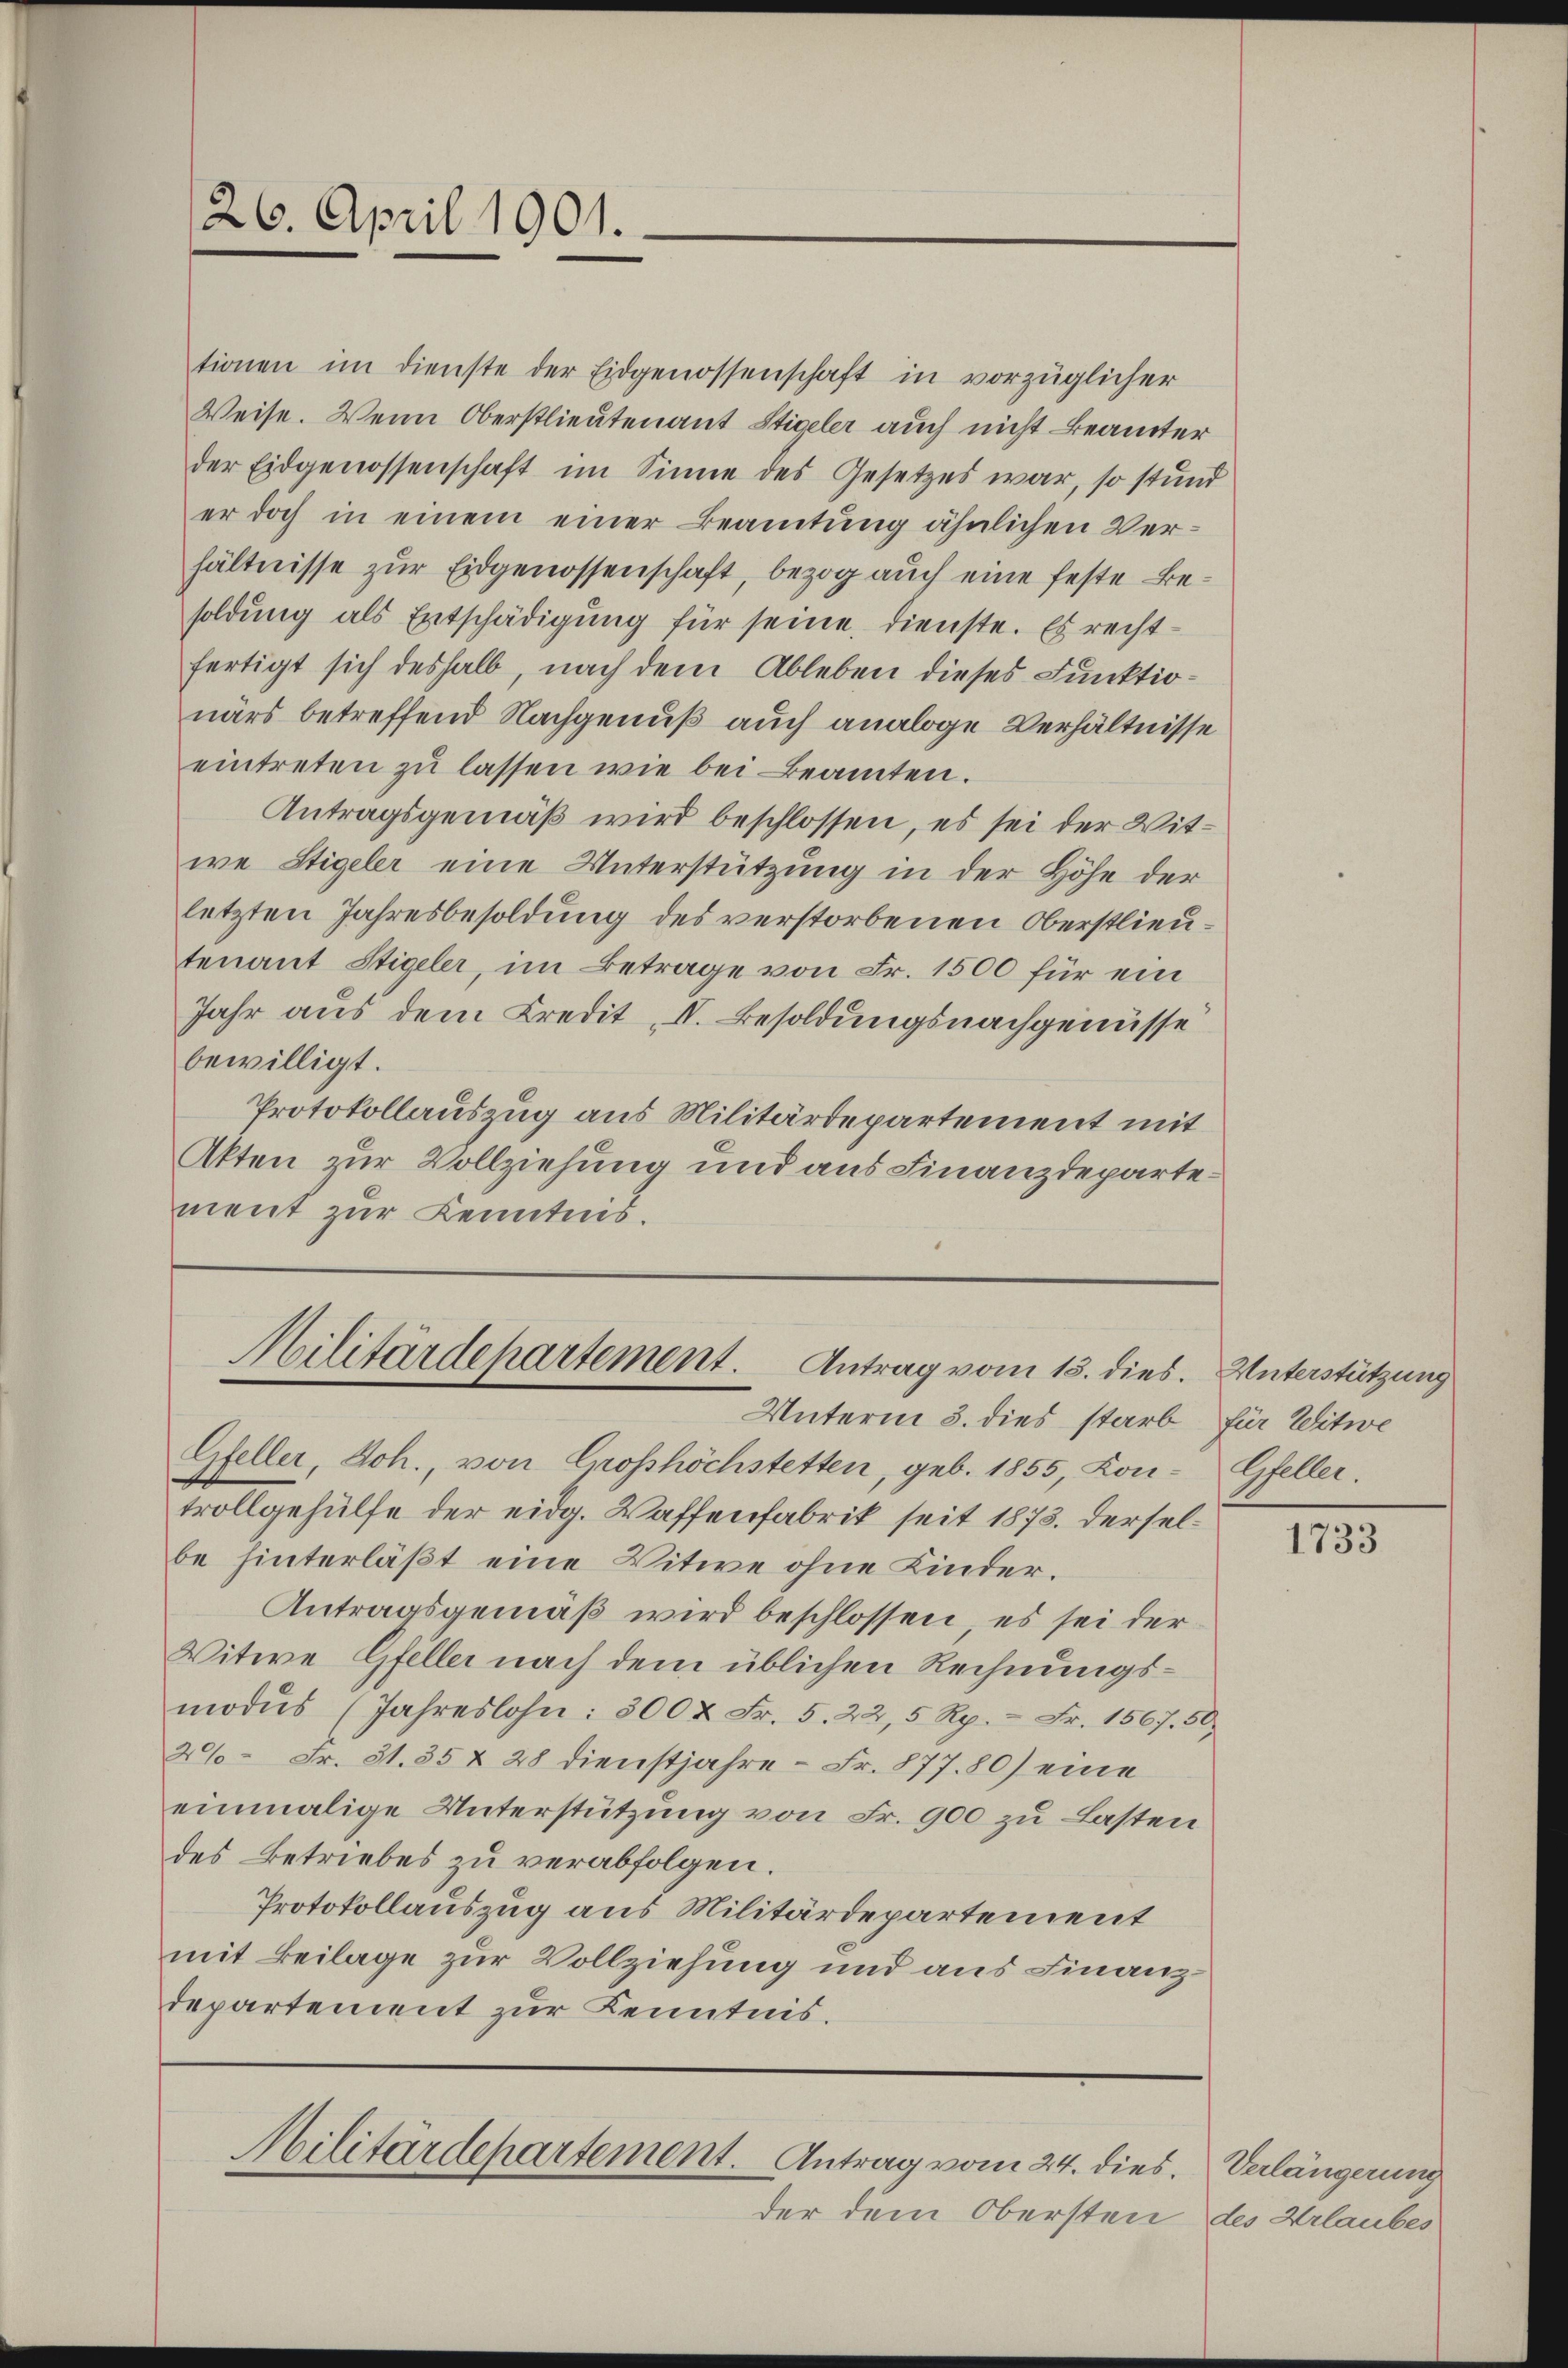
tionen im Dienste der Eidgenossenschaft in vorzüglicher
Weise. Wenn Oberstlieutenant Stigeler auch nicht Beamter
der Eidgenossenschaft im Sinne des Gesetzes war, so stund
er doch in einem einer Beamtung ähnlichen Verhältnisse zur Eidgenossenschaft, bezog auch eine feste Besoldung als Entschädigung für seine, dienste. Es rechtfertigt sich deshalb, nach dem Ableben dieses Funktionärs betreffend Nachgenuß auch analoge Verhältnisse
eintreten zŭ lassen wie bei Beamten.
Antragsgemäß wird beschlossen, es sei der Witwe Stigeler eine Unterstützung in der Höhe der
letzten Jahresbesoldung des verstorbenen Oberstlieutenant Stigeler, im Betrage von Fr. 1500 für ein
Jahr aus dem Kredit, N. Besoldungsnachgenüsse
bewilligt.
Protokollauszug aus Militärdepartement mit
Akten zur Vollziehung und aus Finanzdeparte.
ment zur Kenntnis.

26. April 1901.

Militärdepartement. Antrag vom 15. dies.
Unterm 3. dies starb für Witwe

Gfeller, Joh., von Grosshöchstetten, geb. 1855 Lontrollgehülfe der eidg. Waffenfabrik seit 1873. Derselbe hinterläßt eine Witwe ohne Kinder¬
Antragsgemäß wird beschlossen, es sei der
Vitwe Gfeller nach dem üblichen Rechnungsmodŭs (Jahreslohn: 500 x Fr. 5. 22, 5 Rp. - Fr. 1567. 50.
26 Fr. 31. 35 & 28 dienstjahre - Fr. 877. 80) eine
einmalige Unterstützung von Fr. 900 zu Lasten
des Betriebes zu verabfolgen.
Protokollauszug aus Militärdepartement
mit Beilage zur Vollziehung und aus Finanzdepartement zur Kenntnis.

Militärdepartement. Antrag vom 24. dies

der dem Obersten des Urlaubes

Unterstützung
Gfeller.

1733

Verlängerung